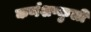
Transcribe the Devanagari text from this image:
कर्णशष्कुली